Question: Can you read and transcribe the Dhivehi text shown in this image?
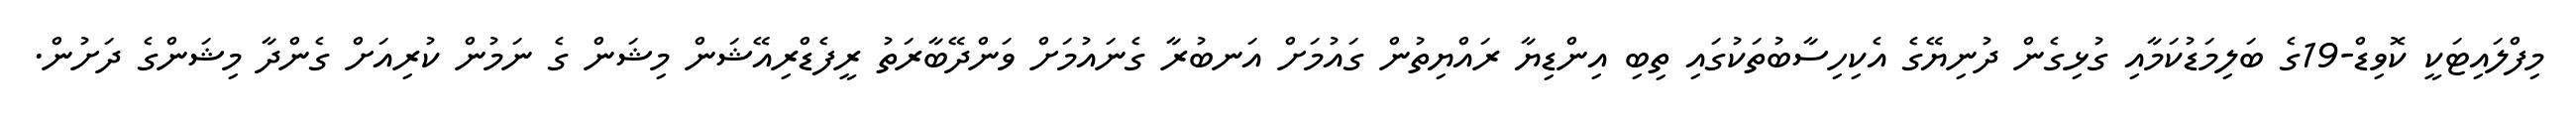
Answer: މިފްލައިޓަކީ ކޮވިޑް-19ގެ ބަލިމަޑުކަމާއި ގުޅިގެން ދުނިޔޭގެ އެކިހިސާބުތަކުގައި ތިބި އިންޑިޔާ ރައްޔިތުން ގައުމަށް އަނބުރާ ގެނައުމަށް ވަންދޭބާރަތު ރީފެޑްރިއޭޝަން މިޝަން ގެ ނަމުން ކުރިއަށް ގެންދާ މިޝަންގެ ދަށުން.